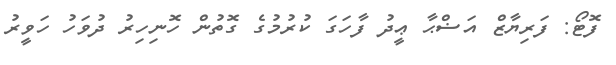
ފޮޓޯ: ފަރިޔާޒް އަޟްޙާ ޢީދު ފާހަގަ ކުރުމުގެ ގޮތުން ހޮނިހިރު ދުވަހު ހަވީރު